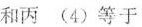
和丙 (4)等于